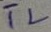
Text: TL